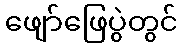
ဖျော်ဖြေပွဲတွင်